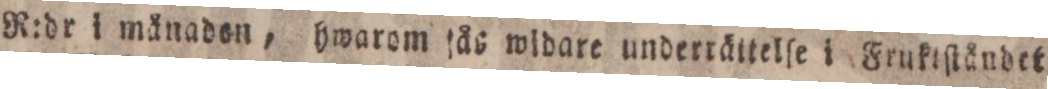
R:dr i månaden, hwarom fås widare underrättelſe i Fruktſtåndet